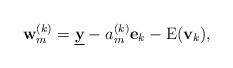
LaTeX: \begin{align*} {\bf w}_m^{(k)}= \underline{{\bf y}} - a_m^{(k)}{\bf e}_k - \text E({\bf v}_k), \end{align*}